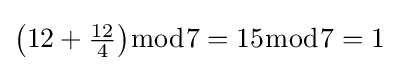
{\bigl (}12+{\tfrac {12}{4}}{\bigr )}{\bmod {7}}=15{\bmod {7}}=1